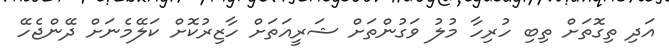
އަދި ތިގޮތަށް ތިބި ހުރިހާ މުލު ވަގުންތަށް ޝަރީއަތަށް ހާޒިރުކޮށް ކަލޭމެނަށް ދޭންޖެހޭ